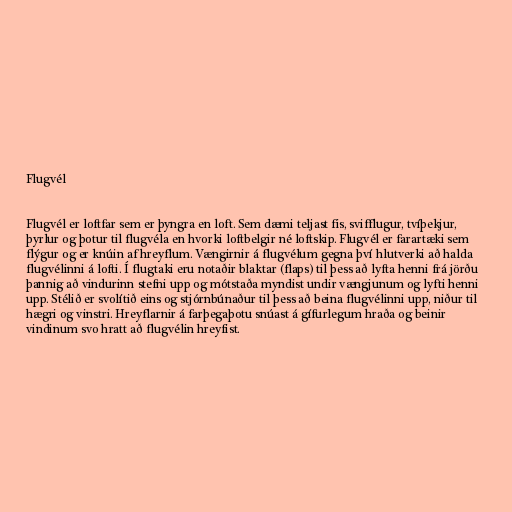
Flugvél

Flugvél er loftfar sem er þyngra en loft. Sem dæmi teljast fis, svifflugur, tvíþekjur,
þyrlur og þotur til flugvéla en hvorki loftbelgir né loftskip. Flugvél er farartæki sem
flýgur og er knúin af hreyflum. Vængirnir á flugvélum gegna því hlutverki að halda
flugvélinni á lofti. Í flugtaki eru notaðir blaktar (flaps) til þess að lyfta henni frá jörðu
þannig að vindurinn stefni upp og mótstaða myndist undir vængjunum og lyfti henni
upp. Stélið er svolítið eins og stjórnbúnaður til þess að beina flugvélinni upp, niður til
hægri og vinstri. Hreyflarnir á farþegaþotu snúast á gífurlegum hraða og beinir
vindinum svo hratt að flugvélin hreyfist.